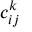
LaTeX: c _ { i j } ^ { k }